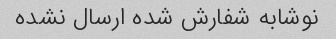
نوشابه شفارش شده ارسال نشده